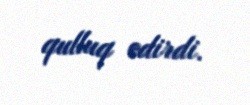
qulluq edirdi.